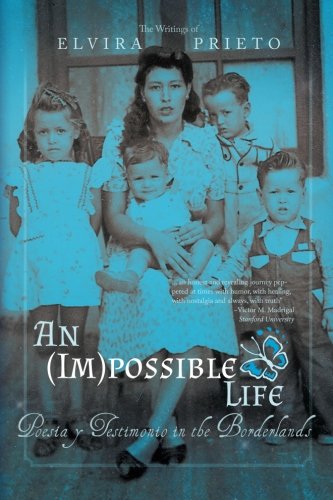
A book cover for An (Im)possible Life: Poesia y Testimonio in the Borderlands; Elvira Prieto; Literature & Fiction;